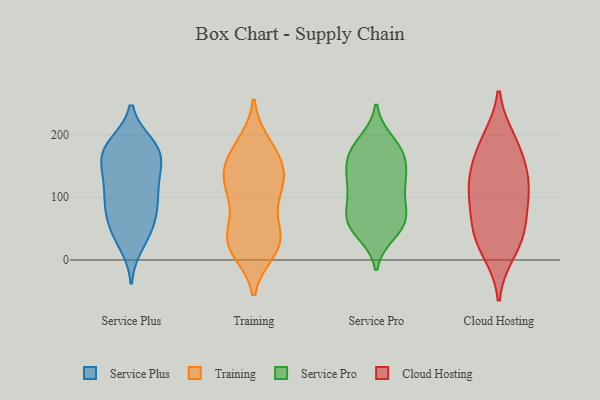
{"axis": {"x": "Budget (USD K)", "y": "Value"}, "legend": ["Cloud Hosting", "Service Plus", "Service Pro", "Training"], "data": [{"x": "", "y": 184, "type": "Service Plus"}, {"x": "", "y": 182, "type": "Service Plus"}, {"x": "", "y": 123, "type": "Service Plus"}, {"x": "", "y": 116, "type": "Service Plus"}, {"x": "", "y": 42, "type": "Service Plus"}, {"x": "", "y": 41, "type": "Service Plus"}, {"x": "", "y": 74, "type": "Service Plus"}, {"x": "", "y": 25, "type": "Service Plus"}, {"x": "", "y": 174, "type": "Service Plus"}, {"x": "", "y": 147, "type": "Service Plus"}, {"x": "", "y": 151, "type": "Service Plus"}, {"x": "", "y": 180, "type": "Service Plus"}, {"x": "", "y": 167, "type": "Service Plus"}, {"x": "", "y": 62, "type": "Service Plus"}, {"x": "", "y": 79, "type": "Service Plus"}, {"x": "", "y": 83, "type": "Service Plus"}, {"x": "", "y": 168, "type": "Service Plus"}, {"x": "", "y": 115, "type": "Service Plus"}, {"x": "", "y": 103, "type": "Service Plus"}, {"x": "", "y": 42, "type": "Training"}, {"x": "", "y": 112, "type": "Training"}, {"x": "", "y": 50, "type": "Training"}, {"x": "", "y": 161, "type": "Training"}, {"x": "", "y": 23, "type": "Training"}, {"x": "", "y": 14, "type": "Training"}, {"x": "", "y": 141, "type": "Training"}, {"x": "", "y": 181, "type": "Training"}, {"x": "", "y": 18, "type": "Training"}, {"x": "", "y": 143, "type": "Training"}, {"x": "", "y": 136, "type": "Training"}, {"x": "", "y": 48, "type": "Training"}, {"x": "", "y": 169, "type": "Training"}, {"x": "", "y": 23, "type": "Training"}, {"x": "", "y": 28, "type": "Training"}, {"x": "", "y": 90, "type": "Training"}, {"x": "", "y": 107, "type": "Training"}, {"x": "", "y": 131, "type": "Training"}, {"x": "", "y": 186, "type": "Training"}, {"x": "", "y": 116, "type": "Training"}, {"x": "", "y": 60, "type": "Service Pro"}, {"x": "", "y": 54, "type": "Service Pro"}, {"x": "", "y": 175, "type": "Service Pro"}, {"x": "", "y": 158, "type": "Service Pro"}, {"x": "", "y": 101, "type": "Service Pro"}, {"x": "", "y": 150, "type": "Service Pro"}, {"x": "", "y": 57, "type": "Service Pro"}, {"x": "", "y": 133, "type": "Service Pro"}, {"x": "", "y": 109, "type": "Service Pro"}, {"x": "", "y": 123, "type": "Service Pro"}, {"x": "", "y": 189, "type": "Service Pro"}, {"x": "", "y": 178, "type": "Service Pro"}, {"x": "", "y": 43, "type": "Service Pro"}, {"x": "", "y": 66, "type": "Service Pro"}, {"x": "", "y": 133, "type": "Service Pro"}, {"x": "", "y": 64, "type": "Service Pro"}, {"x": "", "y": 88, "type": "Service Pro"}, {"x": "", "y": 173, "type": "Service Pro"}, {"x": "", "y": 190, "type": "Cloud Hosting"}, {"x": "", "y": 14, "type": "Cloud Hosting"}, {"x": "", "y": 109, "type": "Cloud Hosting"}, {"x": "", "y": 156, "type": "Cloud Hosting"}, {"x": "", "y": 44, "type": "Cloud Hosting"}, {"x": "", "y": 130, "type": "Cloud Hosting"}, {"x": "", "y": 116, "type": "Cloud Hosting"}, {"x": "", "y": 36, "type": "Cloud Hosting"}, {"x": "", "y": 183, "type": "Cloud Hosting"}, {"x": "", "y": 56, "type": "Cloud Hosting"}, {"x": "", "y": 98, "type": "Cloud Hosting"}]}